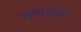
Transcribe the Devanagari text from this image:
कवीलोक